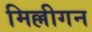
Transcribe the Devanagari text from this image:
मिल्लीगन